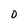
Character: 0